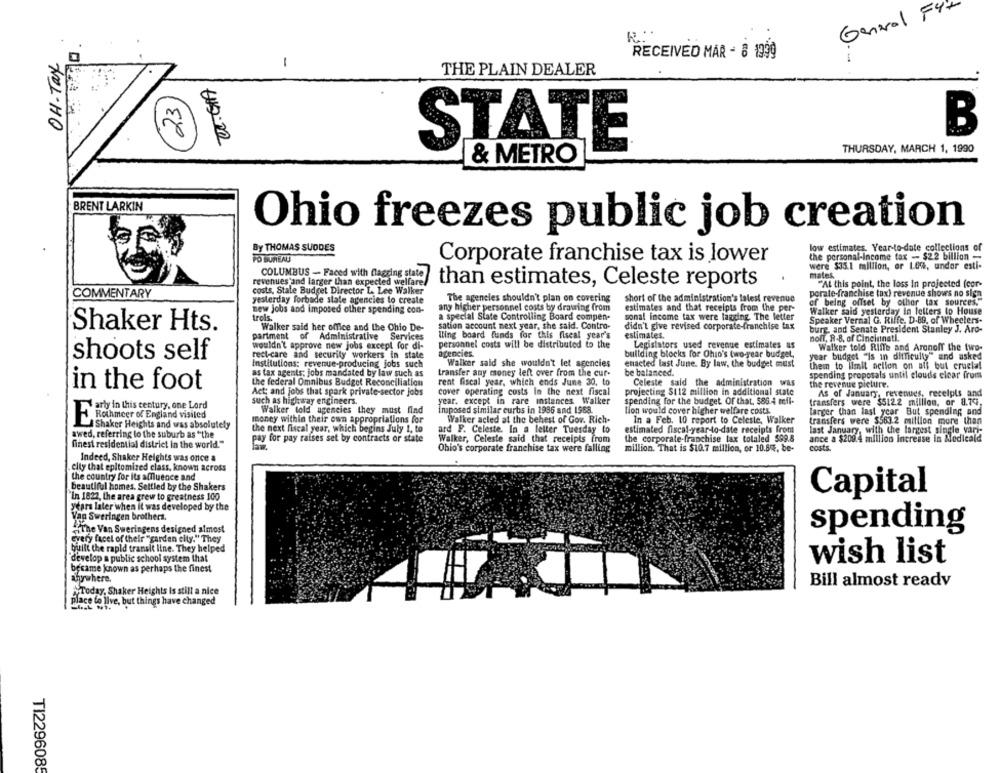
General
RECEIVED MAR - 8 1999
OH-Tax
-
THE PLAIN DEALER
23
B
€45.00
STATE
THURSDAY, MARCH 1, 1990
& METRO
BRENT LARKIN
Ohio freezes public job creation
By THOMAS SUODES
low estimates. Year-to-date collections of
the personal-Income tax - $2.2 billion -
PO BUREAU
Corporate franchise tax is lower
were $35.1 million, or 1.0%, undor esti-
COLUMBUS - Faced with flagring state
mates.
revenues and larger than expected welfare
than estimates, Celeste reports
"At this point, the loss in projected (cor-
COMMENTARY
costs, State Budget Director L. Lee Walker
porate-franchise tax) revenue shows no sign
yesterday forbade state agencies to create
The agencies shouldn't plan on covering
short of the administration's latest revenue
of being offset by other tax sources.
new jobs and imposed other spending con-
any higher personnel costs by drawing from
estimates and that receipts from the per-
trols.
a special Slate Controlling Board compen.
sonal income tax were lagging. The letter
Walker said yesterday in letters to House
sation account next year, she said. Contro-
Speaker Vernal G. Riffe, D-89, of Wheelers-
Shaker Hts.
Walker said her office and the Chio De-
didn't give revised corporate-franchise tax
burg, and Senate President Stanley J. Aro-
partment of Administrative Services
lling board funds for this fiscal year's
estimates.
noll, R-8, of Cincinnati,
wouldn't approve new jobs except for di-
personnel costs will be distributed to the
Legislators used revenue estimates as
Walker told Riffe and Aronoff the two-
rect-care and security workers in state
agencies.
building blocks for Ohio's two-year budget,
year budget "is in difficulty" and asked
shoots self
Institutions: revenue-producing jobs such
Walker said she wouldn't let agencies
enacted last June. By law, the budget must
be balanced.
them to limit action on aff but crucial
as tax agents; jobs mandated by law such as
transfer any money left over from the cur-
spending proposals until clouds clear from
in the foot
the federal Omnibus Budget Reconciliation
rent fiscal year, which ends June 30, to
Celeste said the administration was
the revenue picture.
Act; and jobs that spark private-sector jobs
cover operating costs la the next fiscal
projecting $112 million in additional state
As of January, revenues, recelpls and
such as highway engineers.
year. except in rare instances Walker
spending for the budget Of that. 586.4 mil-
transfers were $512.2 million, or 8.74.
arty in this century, one Lord
Walker told agencies they must find
imposed similar curbs in 1996 and 1968.
lion would cover higher welfare costs.
larger than last year But spending and
Rothmeer of England visited
Shaker Heights and was absolutely
money within their own appropriations for
Walker acled at the behest of Gov. Rich-
In a Feb. 10 report to Celeste, Walker
transfers were $563.2 million more than
awed, referring to the suburb as "the
the next fiscal year, which begins July 1, to
ard F. Celeste. In a letter Tuesday to
estimated fiscal-year-to-date receipts from
last January, with the largest single vari-
pay for pay raises set by contracts or state
Walker, Celeste said that receipts from
the corporate-franchise lax totaled $89.8
ance a $200.4 million increase in Medicald
finest residential district in the world."
Ohio's corporate franchise tax were falling
million. That is $10.7 million, or 10.84, be-
costs.
Indeed, Shaker Heights was once a
elly that epitomized class, known across
the country for its affluence and
beautiful homes. Settled by the Shakers
Capital
In 1822, the area grew to greatness 100
years later when it was developed by the
Van Sweringen brothers.
HiThe Van Sweringens designed almost
spending
Grery facel of their "garden city." They
built the rapid transit Ilne. They helped
develop a public school system that
wish list
became known as perhaps the finest
anywhere,
Bill almost ready
"Today, Shaker Heights Is still a nice
place to live, but things have changed
TI229608